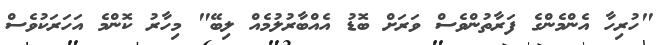
"ހުރިހާ އެންމެންގެ ފަރާތުންވެސް ވަރަށް ބޮޑު އެއްބާރުލުމެއް ލިބޭ" މިހާރު ކޮންމެ އަހަރަކުވެސް